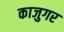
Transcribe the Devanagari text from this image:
काजुगर